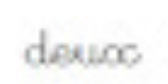
deux